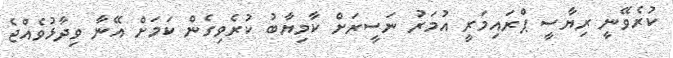
ކުރެވޭނީ ރިޔާސީ ޕްރައިމަރީ އުމަރު ނަސީރަށް ކާމިޔާބު ކުރެވިގެން ކަމަށް އޭނާ ވިދާޅުވެއްޖެ